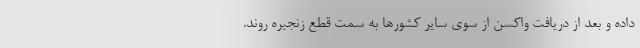
داده و بعد از دریافت واکسن از سوی سایر کشورها به سمت قطع زنجیره روند.